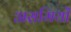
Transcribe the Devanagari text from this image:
असमियों